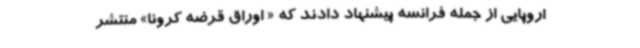
اروپایی از جمله فرانسه پیشنهاد دادند که « اوراق قرضه کرونا» منتشر